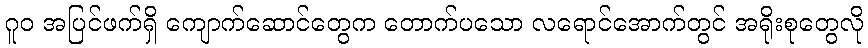
ဂူဝ အပြင်ဖက်ရှိ ကျောက်ဆောင်တွေက တောက်ပသော လရောင်အောက်တွင် အရိုးစုတွေလို